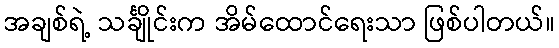
အချစ်ရဲ့ သင်္ချိုင်းက အိမ်ထောင်ရေးသာ ဖြစ်ပါတယ်။